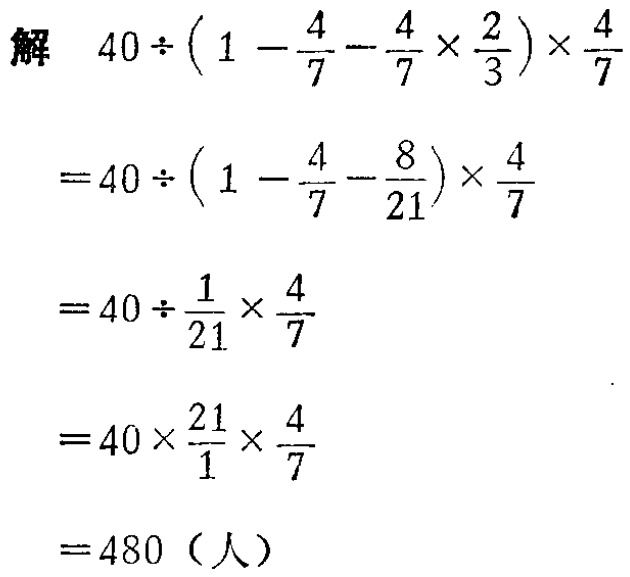
\[

\begin{align*}

&40\div\left(1 - \frac{4}{7} - \frac{4}{7} \times \frac{2}{3}\right)\times\frac{4}{7}\\

=&40\div\left(1 - \frac{4}{7} - \frac{8}{21}\right)\times\frac{4}{7}\\

=&40\div\frac{1}{21}\times\frac{4}{7}\\

=&40\times\frac{21}{1}\times\frac{4}{7}\\

=&480（人）

\end{align*}

\]